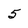
Character: 5